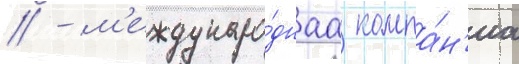
// - м'еждунаро́днаа компа́н'иа